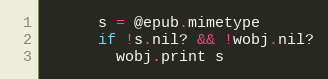
Language: Ruby
      s = @epub.mimetype
      if !s.nil? && !wobj.nil?
        wobj.print s